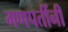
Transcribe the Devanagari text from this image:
गणपतींनी